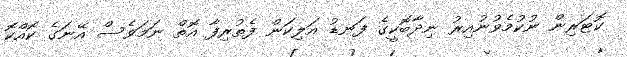
ކޮޓަރިން ނުކުމެވުނުއިރު ނިދާބޮކީގެ ފަނޑު އަލިކަން ފެތުރިފާ އޮތް ނަމަވެސް އޭނަގެ ކޮއްކޮ